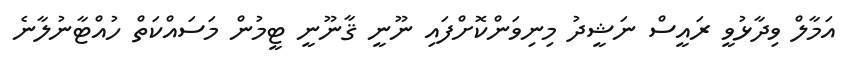
އަމާލް ވިދާޅުވީ ރައީސް ނަޝީދު މިނިވަންކޮށްފައި ނޫނީ ޤާނޫނީ ޓީމުން މަސައްކަތް ހުއްޓާނުލާނެ